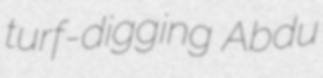
turf-digging Abdu